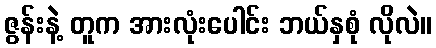
ဇွန်းနဲ့ တူက အားလုံးပေါင်း ဘယ်နှစုံ လိုလဲ။